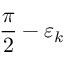
\frac { \pi } { 2 } - \varepsilon _ { k }